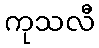
ကုသလီ